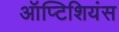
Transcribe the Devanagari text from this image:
ऑप्टिशियंस